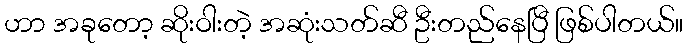
ဟာ အခုတော့ ဆိုးဝါးတဲ့ အဆုံးသတ်ဆီ ဦးတည်နေပြီ ဖြစ်ပါတယ်။